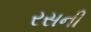
રસની